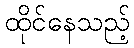
ထိုင်နေသည့်